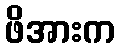
ဖိအားက